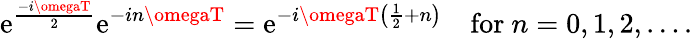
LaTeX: \mathrm{e}^{\frac{{-i\omegaT}}{{2}}}\mathrm{e}^{-in\omegaT}=\mathrm{e}^{-i\omegaT\left({\frac{{1}}{{2}}}+n\right)}\quad{\mathrm{{for~}}}n=0,1,2,\ldots.